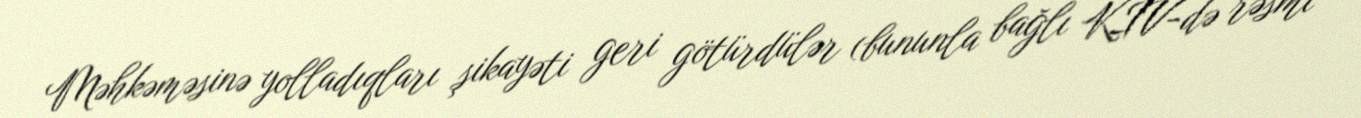
Məhkəməsinə yolladıqları şikayəti geri götürdülər (bununla bağlı KİV-də rəsmi